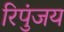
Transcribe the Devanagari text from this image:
रिपुंजय